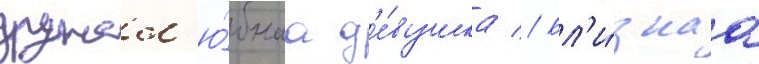
дружел'ю́бнаа д'е́вушка // Бл'и́зкаа